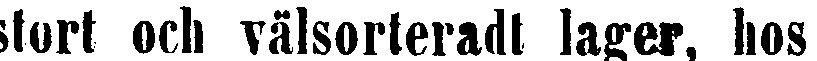
stort och välsorterad lager, hos